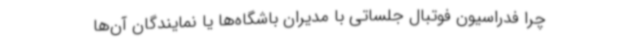
چرا فدراسیون فوتبال جلساتی با مدیران باشگاه‌ها یا نمایندگان آن‌ها